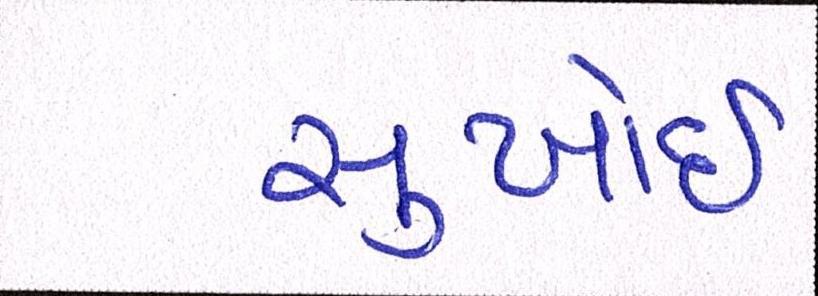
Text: સુખોઈ